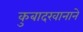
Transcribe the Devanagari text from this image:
कुबादखानाने